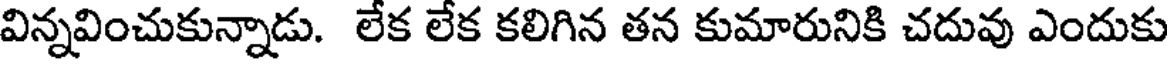
విన్నవించుకున్నాడు. లేక లేక కలిగిన తన కుమారునికి చదువు ఎందుకు